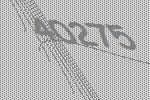
40275